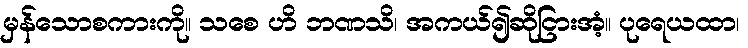
မှန်သောစကားကို။ သစေ ဟိ ဘဏသိ၊ အကယ်၍ဆိုငြားအံ့။ ပုရေယထာ၊